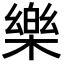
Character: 樂